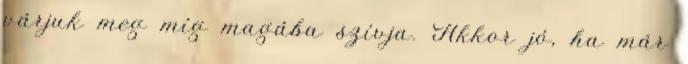
várjuk meg míg magába szívja. Akkor jó, ha már